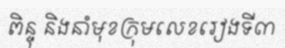
ពិន្ទុ និងនាំមុខក្រុមលេខរៀងទី៣